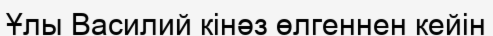
Ұлы Василий кінәз өлгеннен кейін